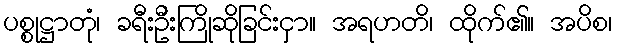
ပစ္စုဋ္ဌာတုံ၊ ခရီးဦးကြိုဆိုခြင်းငှာ။ အရဟတိ၊ ထိုက်၏။ အပိစ၊